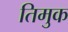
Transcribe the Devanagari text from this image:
तिमुक